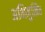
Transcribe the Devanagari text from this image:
अभिमुखित